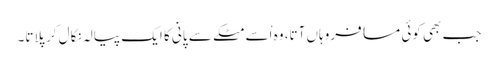
جب بھی کوئی مسافروہاں آتا، وہ اْسے مٹکے سے پانی کا ایک پیالہ نکال کر پلاتا۔